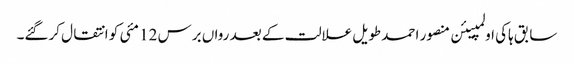
سابق ہاکی اولمپیئن منصور احمد طویل علالت کے بعد رواں برس 12 مئی کو انتقال کرگئے۔